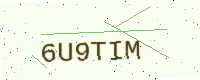
Text: 6U9TIM